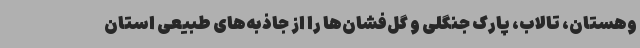
وهستان، تالاب، پارک جنگلی و گل‌فشان‌ها را از جاذبه‌های طبیعی استان